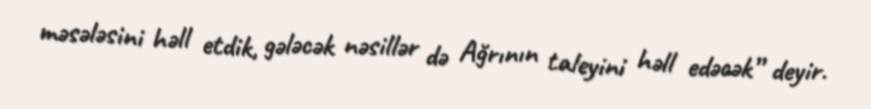
məsələsini həll etdik, gələcək nəsillər də Ağrının taleyini həll edəcək” deyir.